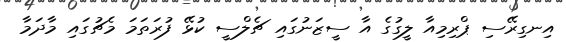
އިނގިރޭސި ޕްރިމިއާ ލީގުގެ އާ ސީޒަނުގައި ޗެލްސީ ކުޅޭ ފުރަތަމަ މެޗުގައި މާދަމާ